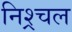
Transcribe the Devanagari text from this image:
निश्र्चल